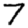
Digit: 7